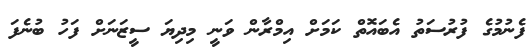
ފެނުމުގެ ފުރުސަތު އެބައޮތް ކަމަށް އިމްރާން ވަނީ މިދިޔަ ސީޒަނަށް ފަހު ބުނެފަ